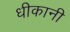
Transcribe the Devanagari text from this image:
धीकानी